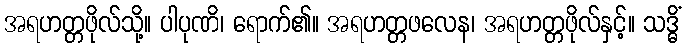
အရဟတ္တဖိုလ်သို့။ ပါပုဏိ၊ ရောက်၏။ အရဟတ္တဖလေန၊ အရဟတ္တဖိုလ်နှင့်။ သဒ္ဓိံ